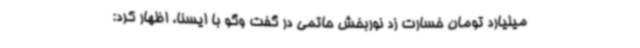
میلیارد تومان خسارت زد نوربخش حاتمی در گفت وگو با ایسنا، اظهار کرد: